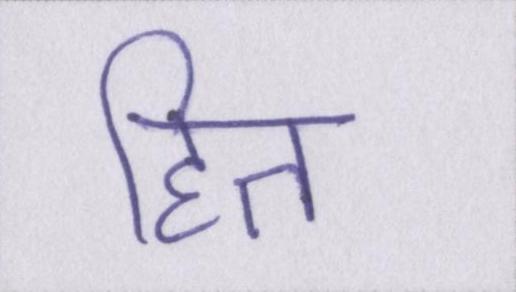
हित